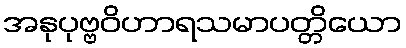
အနုပုဗ္ဗဝိဟာရသမာပတ္တိယော